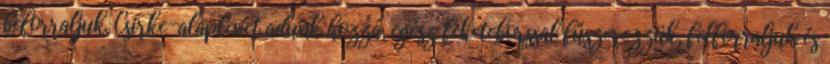
beforraljuk. Csirke-alaplevet adunk hozzá, egész feketeborssal fűszerezzük, felforraljuk és